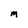
Character: M